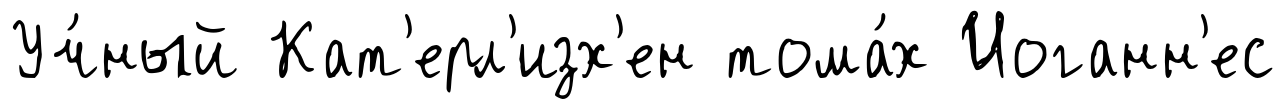
Уч́ный Кат'ерл'изх'ен тома́х Иоганн'ес